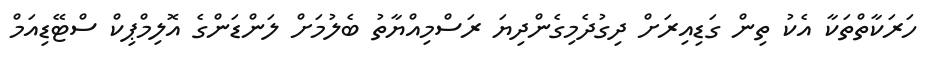
ހަރަކާތްތަކާ އެކު ތިން ގަޑިއިރަށް ދިގުދެމިގެންދިޔަ ރަސްމިއްޔާތު ބެލުމަށް ލަންޑަންގެ އޮލިމްޕިކް ސްޓޭޑިއަމް